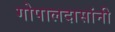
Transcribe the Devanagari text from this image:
गोपालदासांनी